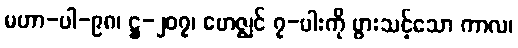
မဟာ-ပါ-၉၈၊ ဋ္ဌ-၂၀၇၊ ဗောဇ္ဈင် ၇-ပါးကို ပွားသင့်သော ကာလ၊